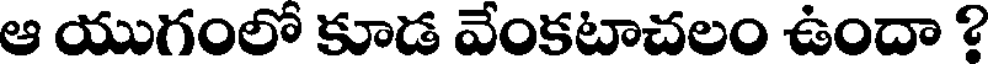
ఆ యుగంలో కూడ వేంకటాచలం ఉందా ?